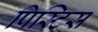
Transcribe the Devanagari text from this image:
पिस्टिस